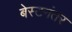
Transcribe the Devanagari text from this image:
बेस्टनंतर